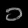
Digit: ၁